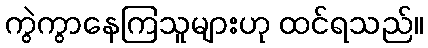
ကွဲကွာနေကြသူများဟု ထင်ရသည်။